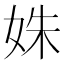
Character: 姝